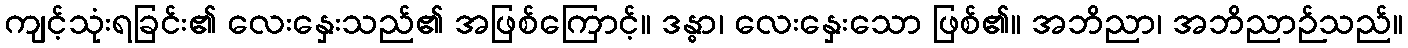
ကျင့်သုံးရခြင်း၏ လေးနှေးသည်၏ အဖြစ်ကြောင့်။ ဒန္ဓာ၊ လေးနှေးသော ဖြစ်၏။ အဘိညာ၊ အဘိညာဉ်သည်။